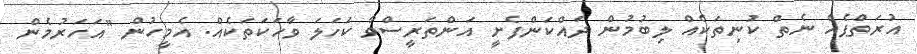
އުރަތްޕެއް ނެތް ކުނިތަކެއް ލިބުމުން ދައްކަންފެށީ އަންތަރީސްވާ ކަހަލަ ވާހަކަތަކެއް. އެމީހުން "އަހަރުމެން